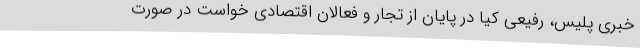
خبری پلیس، رفیعی کیا در پایان از تجار و فعالان اقتصادی خواست در صورت